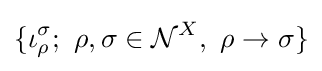
\{\iota _{\rho }^{\sigma };\ \rho ,\sigma \in {\mathcal {N}}^{X},\ \rho \to \sigma \}